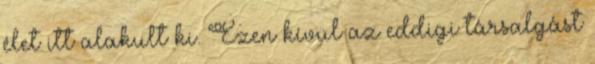
élet itt alakult ki. Ezen kívül az eddigi társalgást